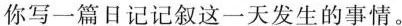
你写一篇日记记叙这一天发生的事情。